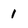
Character: 1